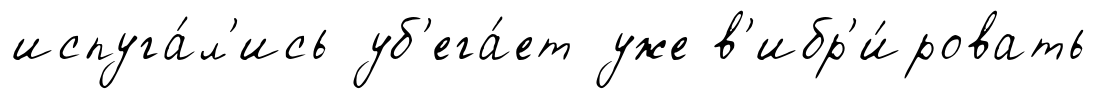
испуга́л'ись уб'ега́ет уже в'ибр'и́ровать